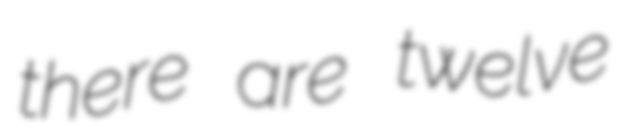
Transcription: there are twelve